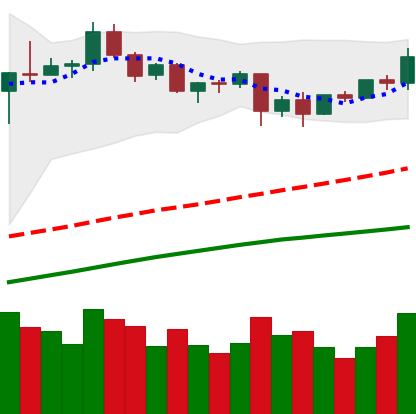
Ticker: BTC-USD
Chart end date: 2020-09-01
Forward return: -14.119%
Label: down_7plus